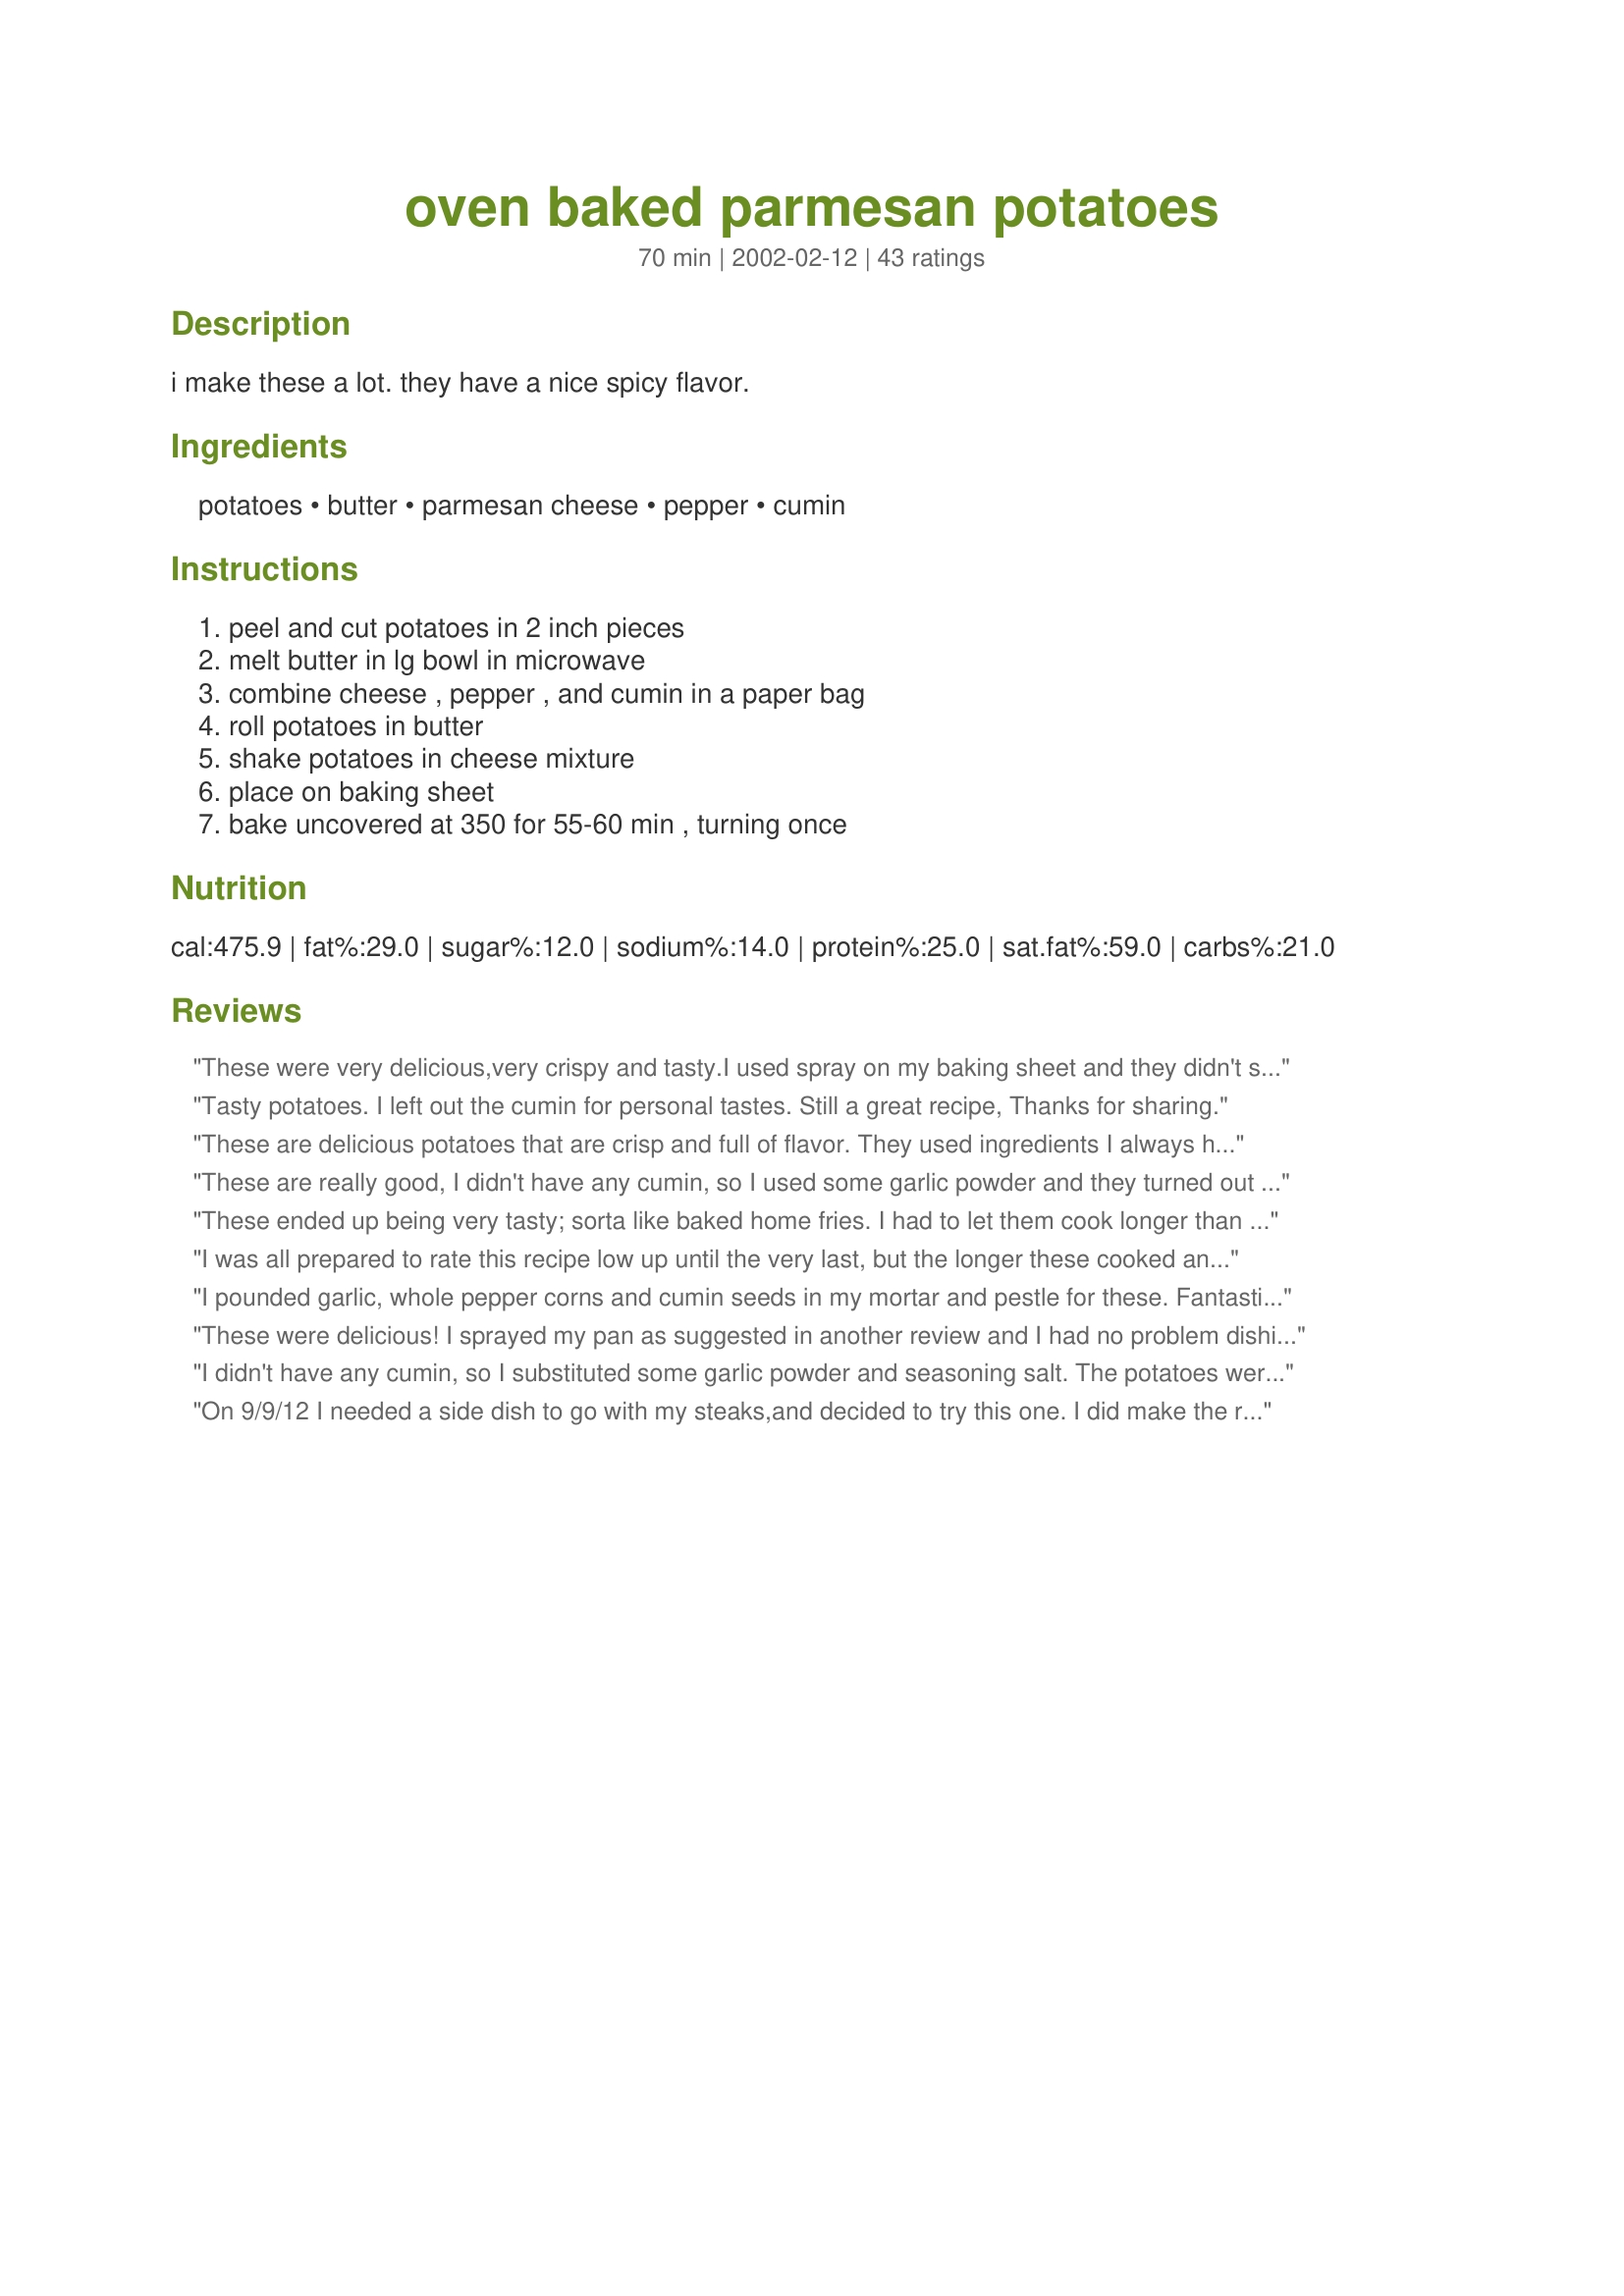
oven baked parmesan potatoes
Preparation time: 70 minutes

i make these a lot. they have a nice spicy flavor.

Ingredients:
potatoes, butter, parmesan cheese, pepper, cumin

Steps:
peel and cut potatoes in 2 inch pieces, melt butter in lg bowl in microwave, combine cheese , pepper , and cumin in a paper bag, roll potatoes in butter, shake potatoes in cheese mixture, place on baking sheet, bake uncovered at 350 for 55-60 min , turning once

Reviews:
These were very delicious,very crispy and tasty.I used spray on my baking sheet and they didn't stick at all.I combined all the ingredients including the melted butter in a freezer bag,gave it a little stir then added the potatoes.Turned out perfectly.Thanks!
Tasty potatoes. I left out the cumin for personal tastes. Still a great recipe, Thanks for sharing.
These are delicious potatoes that are crisp and full of flavor. They used ingredients I always have on hand. I cut mine a little smaller and shortened the cooking time to about 45 minutes. Thanks for another delicious recipe MizzNezz!
These are really good, I didn't have any cumin, so I used some garlic powder and they turned out great!!
These ended up being very tasty; sorta like baked home fries. I had to let them cook longer than suggested, so next time I will cut them into smaller pieces because everyone liked the crunchy ones best. They were easy to prepare and I'm sure I'll be making them again. Thanks for posting.
I was all prepared to rate this recipe low up until the very last, but the longer these cooked and the crispier they got....well I will just say, this a keeper. I cut my potatoes into smaller chunks, and mixed the seasonings in the bowl after I stirred the potatoes in the butter. It was a big glob of a mess, and it looked horrible, but I stirred it several times while cooking to even out the spices and parmesan. Had a nice smoky flavor. My husband loved these!! Thanks so much for sharing MizzNezz!!
I pounded garlic, whole pepper corns and cumin seeds in my mortar and pestle for these. Fantastic flavor! Fresh grated parm was really great!
These were delicious! I sprayed my pan as suggested in another review and I had no problem dishing up. I turned 30 mins into the baking cycle, so each side came out nicely browned and crispy. Even my picky eater said they were yummy. Thank you Miss Nezz for your great recipes.
I didn't have any cumin, so I substituted some garlic powder and seasoning salt. The potatoes were a delight! Thank you for sharing this delicious recipe.
On 9/9/12 I needed a side dish to go with my steaks,and decided to try this one. I did make the recipe exactly as it was written. As a matter of fact, I added a bit more of cumin and after placing on the baking sheet,sprinkled the potatoes with a bit of garlic powder. But even after an hour of baking time the potatoes didn't crisp up as much as we would have liked,but we enjoyed the taste. Thanks for posting and, " Keep Smiling :) "
Very tasty ! When I poured the melted butter on the room temp. potatoes, it solidified. (I did that part in a bowl.) The cheese mixture was unevenly distributed, and I nuked the solid butter on the spoon and bowl again, and re-mixed. Spread the potato mixture on foil, on a baking sheet, but couldn't re-arrange -- should have Pam-ed the foil. ANYWAY -- they turned out well, DH and I ate 4 good sized potatoes, and the cumin added a nice bite to the flavor. Another winner, MizzNezz
Amazing!! My husband loved them. Definately a keeper. Thank you.
Very nice! I should have used an oil spray on my foil lined cookie sheet for easy removal though. I used a plastic bag for shaking the ingredients onto the potatoes. Thanks!
MY DH and I enjoyed this recipe. Had a real good flavor. Thanks for the recipe!
These were excellent!!!!! Like another reviewer said I cut the recipe in half and I also mixed it all in a bowl. Otherwise made just like the recipe stated and was great!
These potatoes were awesome and are what I've been looking for. They came out golden and crispy! I had the potatoes cut up in a separate bowl and poured the butter over them and just tossed with my hands. I then transfered them to the parm mixture in a bowl and tossed around. It was easier than putting it in a bag. I will be making these A LOT!! Thanks for the posting=)
These were alright. I used shaved parmesan and cooked them at 380 degrees. They cooked well but didn't have much flavor.
I made these for Easter. They were easy and delicious! Husband raved about them...even while eating the leftovers. As suggested, I mixed ingredients with melted butter in a bowl and also used cooking spray. Thanks for sharing!!
Wonderful. A great accompaniment to many dishes.
We really enjoyed the potatoes prepared this way. Since we don&#039;t use cumin, (personal preference only) I used freshly ground coriander instead, it worked great in this recipe. The crunchy potatoes were tender and delicious. The parmesan - Regganio was a nice addition. Thank you for sharing your recipe. Made for Whats on the Menu Tag Game 2014.
These were great potatoes! I added all the ingredients in a plastic bag and shook. So easy and very yummy! Love the cumin in this, subtle but adds a lot of flavor. I added 1 teaspoon salt to this. I may try using less butter next time to be healthier. Thank you MizzNezz for the recipe!
Very good. Thanks for the post.
We really liked these. Simple to prepare and a nice variation on plain roasted potatoes. Thanks!!
Very delicious! I was a little unsure of the cumin at first but it adds a really good spice to the potatoes. Also the parmesan cheese is something different!
I forgot to add that I took Lucky Clover's advice and mixed everything in a bowl and a bag.
These potatoes were really great..the taste was incredible...will make these again for sure....thought id had made too many...Turns out there wasn&#039;t enough....
Great roast potatoes! made as directed but microwaved the potatoes for a few minutes before blending with the other ingredients - I like my roast potatoes a bit crunchy outside but soft and fluffy inside. These were just perfect!
Thank You MizzNezz for a SIMPLY MAHHHVALOUS recipe it waz GOOOOD!
We really enjoyed these potatoes! I did add 2 tablespoons of Italian bread crumbs for a little crunch, and 1 teaspoon of granulated garlic powder. Turned out great and we will have these again! Thanks for posting!
These potatoes were really good. Next time I make them, I will mix them in a bowl instead of a plastic bag, because most of the parmesan/butter mix stuck to the bag instead of to the potatoes. Thanks for the recipe, MizzNezz.
This is my first review, but not the first recipe that I have tried.
I wanted to tell everyone that this is such a great recipe. I made this recipe with a few exceptions. Instead of mixing this separatly. I mixed all this in a big bowl. Took a regtangular roasting/lasgna pan. Add about 3 tablespoons of peanut oil to the bottom. I mixed the butter and potato mix together, so they were completely covered. (Totally lazy way but perfect for coating) I have to mention that I cut the potatos in bite size pieces. Also, I have to mention that the last five minutes. I put the broiler on to give it a bit of extra crispiness. 
Thanks for sharing such a wonderful recipe.
delicious. I cooked them a long time so they could get cripsy. Yum!
I was a little hesitant about trying this because I don't care for cumin. Hubby talked me into it. I loved them!!! The cumin didn't over-power the flavor at all, just enhanced it. DELICIOUS! This is going to be a staple in our house from now on!!!
Terrific potatoes, we loved them!
These were crunchy on the outside and soft inside and so flavourful. The house smelled great while they were baking too!
I cut mine into quarters as my potaotes were pretty large. Then I did them in my convection oven for 30 minutes at 300 and they turned out great! They didn't stick at all for me!
Thanks MizzNezz!
I made these last night but didn&#039;t use cumin. I used garlic and fresh shaved parmesan. The trick to making the potatoes fluffy inside is to par boil them first. Then I coated them with the butter, salt, pepper, garlic and sprinkled with lots of parmesan. I also sprinkled with some parsley for color. These will be our new favorite. Really delicious. I also cut the potatoes into quarters. They&#039;d be great with fingerling potatoes as well.
Made these last night. OOO they were good. Though I had to double the recipe, they were wonderful. When I pulled them out, all my kids would pass by and eat a couple while waiting for the rest of dinner to be done. I loved the flavor. Though I had to use store bought potatoes, can't wait to try this recipe next fall when my Yukons from my garden are ready. Thank you for sharing this wonderful recipe.
These are pretty good! The only complaint that I have is that they stuck to the pan, badly. So my potatoes were not very pretty. Next time i'll definitely spray some cooking spray on the pan first. Thanks for posting!
These were DELICIOUS!!! Like other reviewers, I used a bowl to mix the potatoes, butter and cheese mix rather than all in the bag as I had no bags large enough!! Great taste and texture and we loved them! So easy!
Delicious! I mixed the dry ingredients in a bowl and then poured over the melted butter. My only mistake was not putting the potatoes on a cookie sheet with sides. Big mess in my oven!
These potatoes were excellent! I was a little worried about the cumin, but it went with this so well! My family loved them and asked me to make these again! Thank you for posting this easy recipe!
Perfect seasonings. I used just enough olive oil (no butter) to make the cheese, etc. stick.
These were ok but the potatoes came out a little dry and needed salt. I did spray the pan first with pam so they did not stick as some have stated earlier.
fantastic!! love these. we make these a lot. i use baby potatoes with the skin on. i add a bit of salt and garlic powder. i also just toss potatoes in butter and then toss with the seasonings right on my foil lines baking sheet, so less clean up. this is a keeper. thanks so much for posting!
Just made these for dinner. I cut the recipe in half, but ended up having to make another batch of the parm. mixture. I cut the potatoes like junebug did rolled them in butter then into the cheese mixture, I just skipped the paper bag step I think thats why I used a lot more of the parm. mixture. Baked for about 50 minutes and they turned out WONDERFULY!! My mom couldn't stop raving about them!
